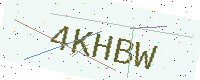
Text: 4KHBW